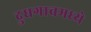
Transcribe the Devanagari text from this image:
दुधगावमध्ये